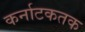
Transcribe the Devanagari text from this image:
कर्नाटकतक